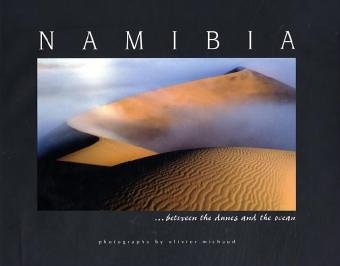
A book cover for Namibia: Between the Dunes and the Ocean; Olivier Michaud; Travel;